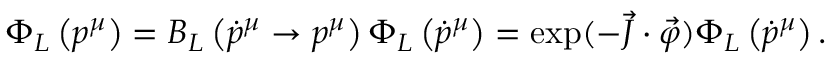
\Phi _ { L } \left( p ^ { \mu } \right) = B _ { L } \left( \dot { p } ^ { \mu } \to p ^ { \mu } \right) \Phi _ { L } \left( \dot { p } ^ { \mu } \right) = \exp ( - \vec { J } \cdot \vec { \varphi } ) \Phi _ { L } \left( \dot { p } ^ { \mu } \right) .